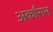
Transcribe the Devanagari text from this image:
अर्कांसन